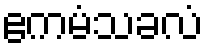
ဧကမံသခလံ